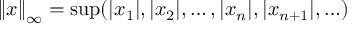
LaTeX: \left\| x \right\| _ { \infty } = \operatorname* { s u p } ( | x _ { 1 } | , | x _ { 2 } | , \dotsc , | x _ { n } | , | x _ { n + 1 } | , \ldots )